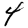
Digit: 4